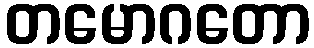
တမောဂတော